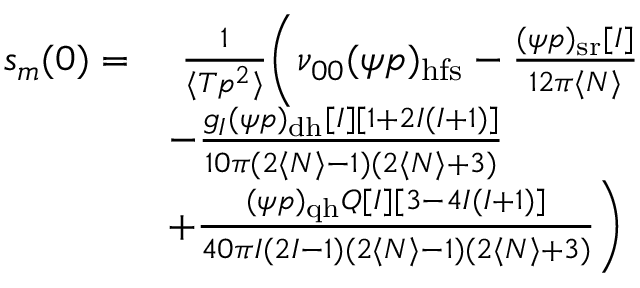
\begin{array} { r l } { s _ { m } ( 0 ) = } & { ~ \frac { 1 } { \langle T p ^ { 2 } \rangle } \bigg ( \nu _ { 0 0 } ( \psi p ) _ { \mathrm { h f s } } - \frac { ( \psi p ) _ { \mathrm { s r } } [ I ] } { 1 2 \pi \langle N \rangle } } \\ & { - \frac { g _ { I } ( \psi p ) _ { \mathrm { d h } } [ I ] [ 1 + 2 I ( I + 1 ) ] } { 1 0 \pi ( 2 \langle N \rangle - 1 ) ( 2 \langle N \rangle + 3 ) } } \\ & { + \frac { ( \psi p ) _ { \mathrm { q h } } Q [ I ] [ 3 - 4 I ( I + 1 ) ] } { 4 0 \pi I ( 2 I - 1 ) ( 2 \langle N \rangle - 1 ) ( 2 \langle N \rangle + 3 ) } \bigg ) } \end{array}